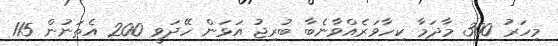
މިހަރު 300 މާދަމާ ކިހާވަރެއްވާނެބާ ބުރިޖު އަޅަން ހޭދަވީ 200 އެތަނުން 115